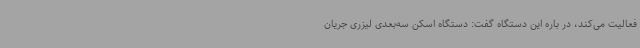
فعالیت می‌کند، در باره این دستگاه گفت: دستگاه اسکن سه‌بعدی لیزری جریان